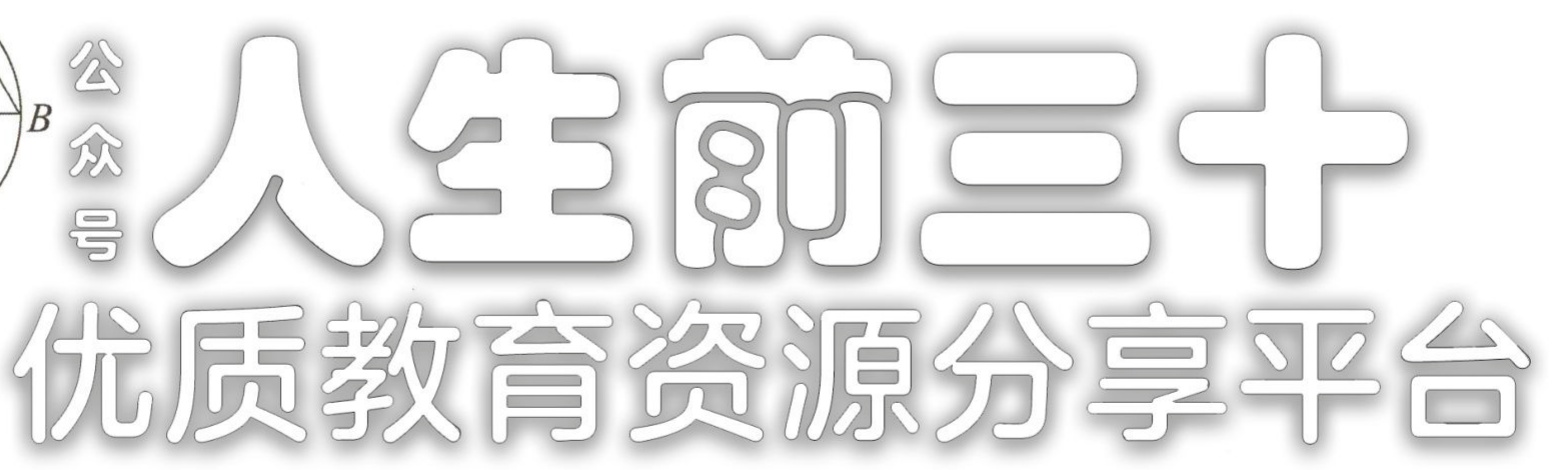
公众号 人生前三十 优质教育资源分享平台